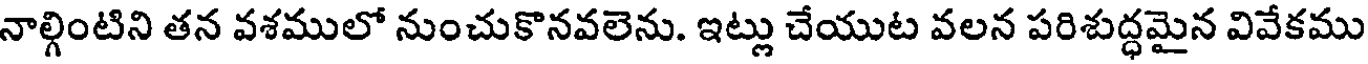
నాల్గింటిని తన వశములో నుంచుకొనవలెను. ఇట్లు చేయుట వలన పరిశుద్ధమైన వివేకము